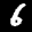
Label: 6